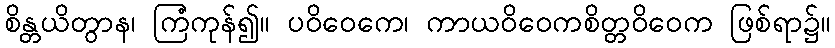
စိန္တယိတွာန၊ ကြံကုန်၍။ ပဝိဝေကေ၊ ကာယဝိဝေကစိတ္တဝိဝေက ဖြစ်ရာ၌။